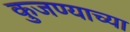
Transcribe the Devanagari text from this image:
कुजण्याच्या